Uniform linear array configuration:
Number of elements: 64
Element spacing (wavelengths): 0.5
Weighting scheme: hann
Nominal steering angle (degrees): -30
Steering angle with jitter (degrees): -30.933
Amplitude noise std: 0.05
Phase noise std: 0.05

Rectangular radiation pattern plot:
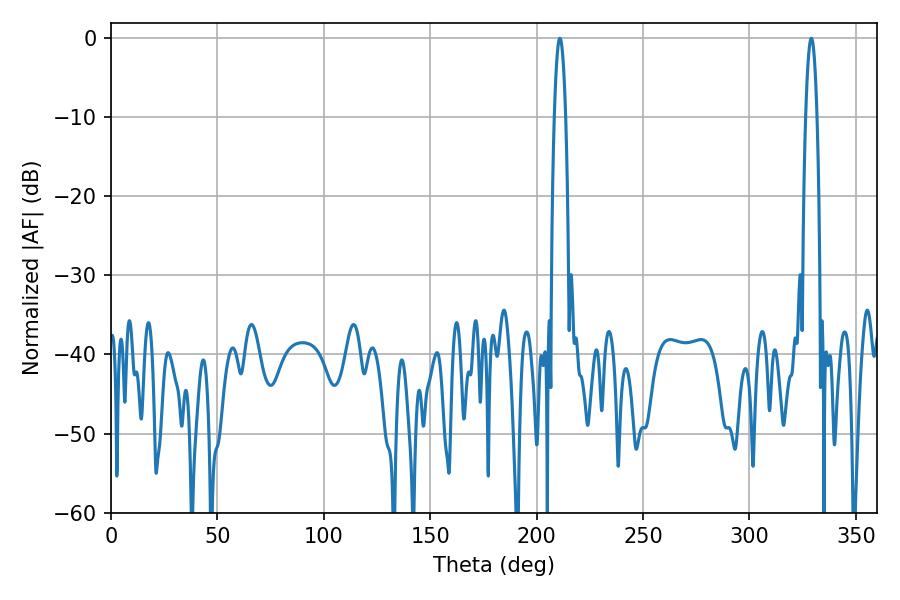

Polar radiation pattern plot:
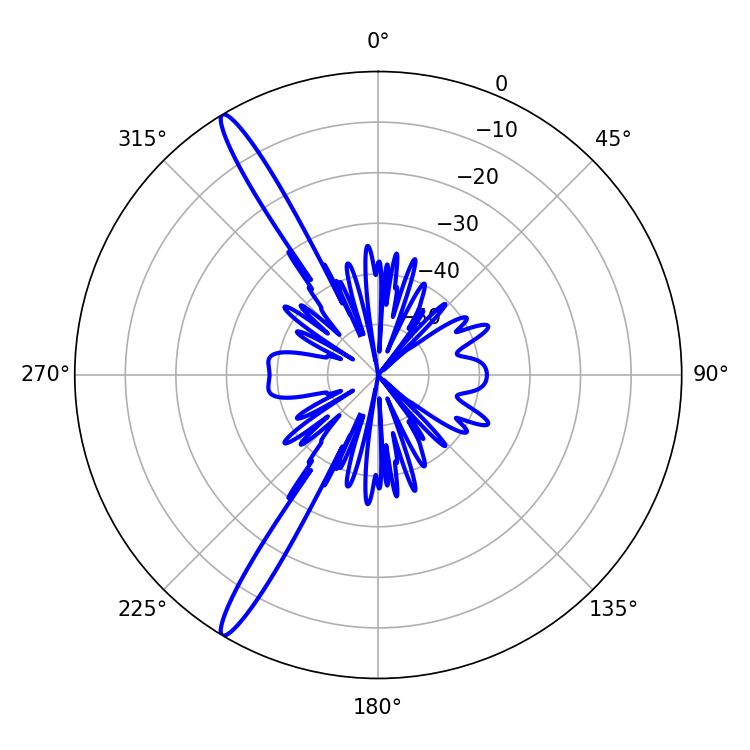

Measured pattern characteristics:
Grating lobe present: FALSE
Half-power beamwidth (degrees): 2.88
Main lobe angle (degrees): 329.04